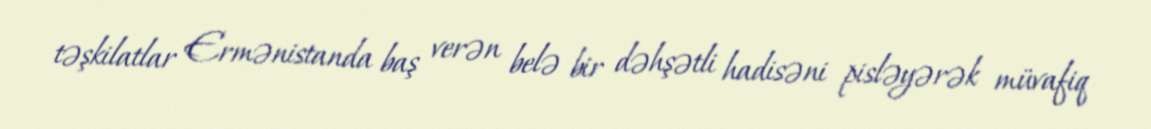
təşkilatlar Ermənistanda baş verən belə bir dəhşətli hadisəni pisləyərək müvafiq